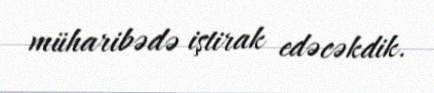
müharibədə iştirak edəcəkdik.